Indian Medical Review
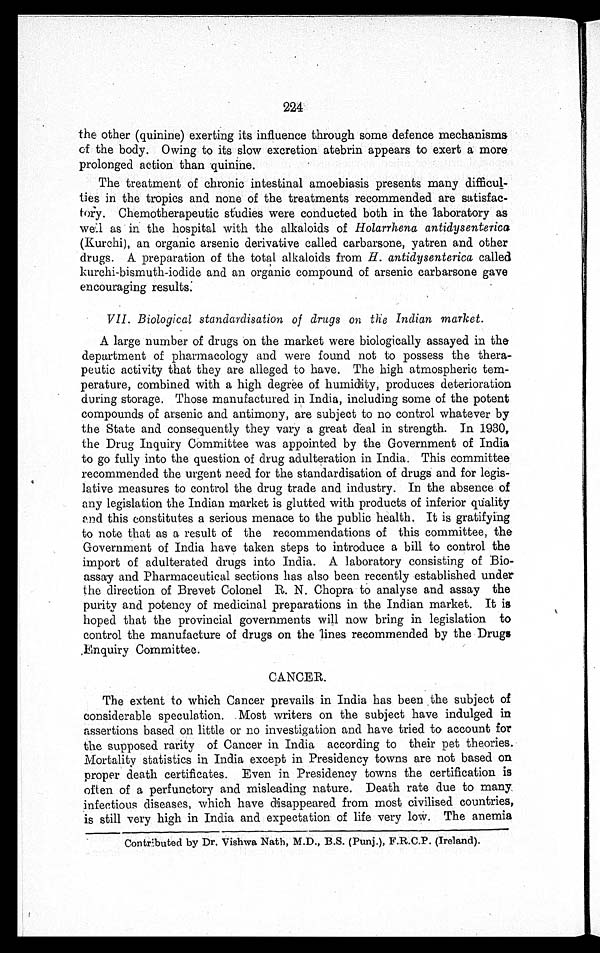
224
the other (quinine) exerting its influence through some defence mechanisms
of the body. Owing to its slow excretion atebrin appears to exert a more
prolonged action than quinine.
The treatment of chronic intestinal amoebiasis presents many difficul-
ties in the tropics and none of the treatments recommended are satisfac-
tory . Chemotherapeutic s tudies were conducted both in the laboratory as
well as in the hospital with the alkaloids of Holarrhena antidysenterica
(Kurchi), an organic arsenic derivative called carbarsone, yatren and other
drugs. A preparation of the total alkaloids from H. antidysenterica called
kurchi-bismuth-iodide and an organic compound of arsenic carbarsone gave
encouraging results:
VII. Biological standardisation of drugs on the Indian market.
A large number of drugs on the market were biologically assayed in the
department of pharmacology and were found not to possess the thera-
peutic activity that they are alleged to have. The high atmospheric tem-
perature, combined with a high degree of humidity, produces deterioration
during storage. Those manufactured in India, including some of the potent
compounds of arsenic and antimony, are subject to no control whatever by
the State and consequently they vary a great deal in strength. In 1930,
the Drug Inquiry Committee was appointed by the Government of India
to go fully into the question of drug adulteration in India. This committee
recommended the urgent need for the standardisation of drugs and for legis-
lative measures to control the drug trade and industry. In the absence of
any legislation the Indian market is glutted with products of inferior quality
and this constitutes a serious menace to the public health. It is gratifying
to note that as a result of the recommendations of this committee, the
Government of India have taken steps to introduce a bill to control the
import of adulterated drugs into India. A laboratory consisting of Bio-
assay and Pharmaceutical sections has also been recently established under
the direction of Brevet Colonel R. N. Chopra to analyse and assay the
purity and potency of medicinal preparations in the Indian market. It is
hoped that the provincial governments will now bring in legislation to
control the manufacture of drugs on the 'lines recommended by the Drugs
,Enquiry Committee.
CANCER.
The extent to which Cancer prevails in India has been the subject of
considerable speculation. .Most writers on the subject have indulged in
assertions based on little or no investigation and have tried to account for
the supposed rarity of Cancer in India according to their pet theories.
Mortality statistics in India except in Presidency towns are not based on
proper death certificates. Even in Presidency towns the certification is
often of a perfunctory and misleading nature. Death rate due to many
infectious diseases, which have disappeared from most civilised countries,
is still very high in India and expectation of life very low. The anemia
Contributed by Dr. Vishwa Nath, M.D., B.S. (Punj.), F.R.C.P. (Ireland).